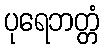
ပုရေဘတ္တံ